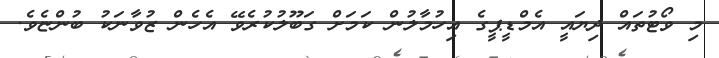
މި ވޯޓުތައް ދިޔައީ އެމްޑީޕީގެ އިހުމާލުން ކަމަށް ގަބޫލުކުރެވޭ އެހެން ޒުވާނަކު ބުންޏެވެ.